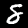
Label: 8